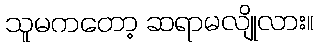
သူမကတော့ ဆရာမလျိုလား။